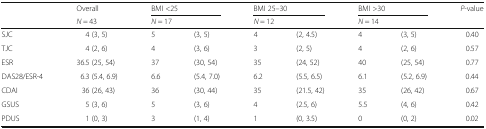
<table><thead><tr><td rowspan="2"></td><td><b>Overall</b></td><td colspan="2"><b>BMI &lt;25</b></td><td colspan="2"><b>BMI 25–30</b></td><td colspan="2"><b>BMI &gt;30</b></td><td rowspan="2"><b><i>P</i>-value</b></td></tr><tr><td><b><i>N</i> = 43</b></td><td colspan="2"><b><i>N</i> = 17</b></td><td colspan="2"><b><i>N</i> = 12</b></td><td colspan="2"><b><i>N</i> = 14</b></td></tr></thead><tbody><tr><td>SJC</td><td>4 (3, 5)</td><td>5</td><td>(3, 5)</td><td>4</td><td>(2, 4.5)</td><td>4</td><td>(3, 5)</td><td>0.40</td></tr><tr><td>TJC</td><td>4 (2, 6)</td><td>4</td><td>(3, 6)</td><td>3</td><td>(2, 5)</td><td>4</td><td>(2, 6)</td><td>0.57</td></tr><tr><td>ESR</td><td>36.5 (25, 54)</td><td>37</td><td>(30, 54)</td><td>35</td><td>(24, 52)</td><td>40</td><td>(25, 54)</td><td>0.77</td></tr><tr><td>DAS28/ESR-4</td><td>6.3 (5.4, 6.9)</td><td>6.6</td><td>(5.4, 7.0)</td><td>6.2</td><td>(5.5, 6.5)</td><td>6.1</td><td>(5.2, 6.9)</td><td>0.44</td></tr><tr><td>CDAI</td><td>36 (26, 43)</td><td>36</td><td>(30, 44)</td><td>35</td><td>(21.5, 42)</td><td>35</td><td>(26, 42)</td><td>0.67</td></tr><tr><td>GSUS</td><td>5 (3, 6)</td><td>5</td><td>(3, 6)</td><td>4</td><td>(2.5, 6)</td><td>5.5</td><td>(4, 6)</td><td>0.42</td></tr><tr><td>PDUS</td><td>1 (0, 3)</td><td>3</td><td>(1, 4)</td><td>1</td><td>(0, 3.5)</td><td>0</td><td>(0, 2)</td><td>0.02</td></tr></tbody></table>